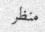
منظر